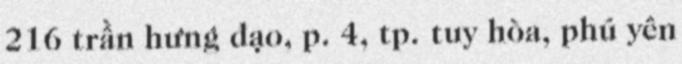
216 trần hưng đạo, p. 4, tp. tuy hòa, phú yên